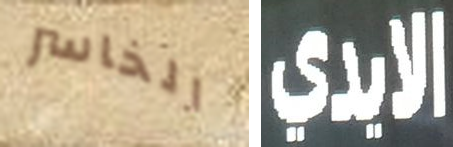
الخاسر الايدي